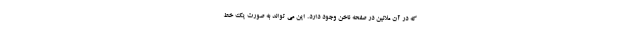
که در آن ملانین در صفحه ناخن وجود دارد. این می تواند به صورت یک خط